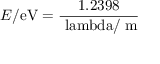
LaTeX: E / { \mathrm { e V } } = { \frac { 1 . 2 3 9 8 } { \mathrm { \ l a m b d a } / { \mathrm { � m } } } }